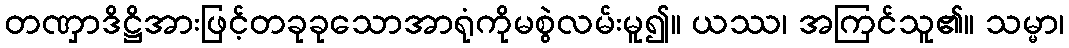
တဏှာဒိဋ္ဌိအားဖြင့်တခုခုသောအာရုံကိုမစွဲလမ်းမူ၍။ ယဿ၊ အကြင်သူ၏။ သမ္မာ၊